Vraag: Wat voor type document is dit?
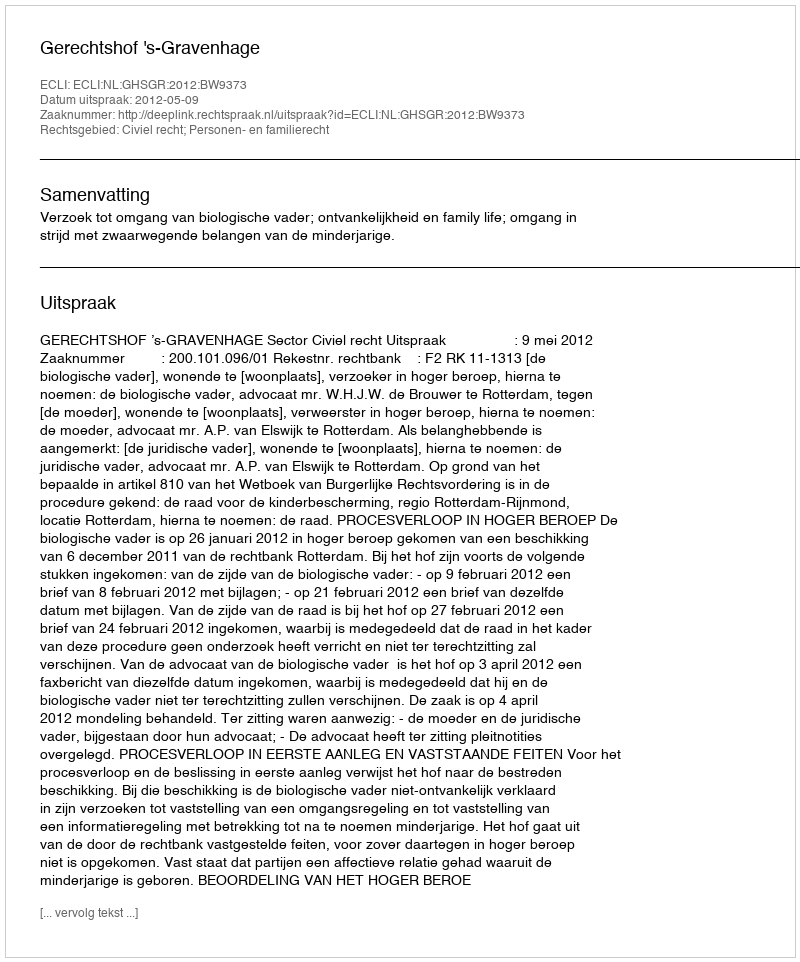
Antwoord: Uitspraak